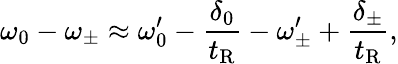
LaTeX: \omega_{0}-\omega_{\pm}\approx\omega_{0}^{\prime}-\frac{\delta_{0}}{t_{\mathrm{R}}}-\omega_{\pm}^{\prime}+\frac{\delta_{\pm}}{t_{\mathrm{R}}},